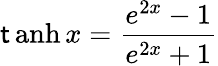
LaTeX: \operatorname{\mathsf{t}anh}x={\frac{{e^{2x}-1}}{{e^{2x}+1}}}